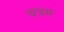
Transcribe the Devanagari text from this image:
चत्रम